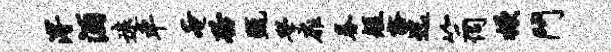
溥酒远车奄聆甄学扉眷短豁迄竺伺掀斗